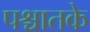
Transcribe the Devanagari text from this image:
पश्चातके